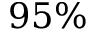
9 5 \%